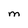
Character: M